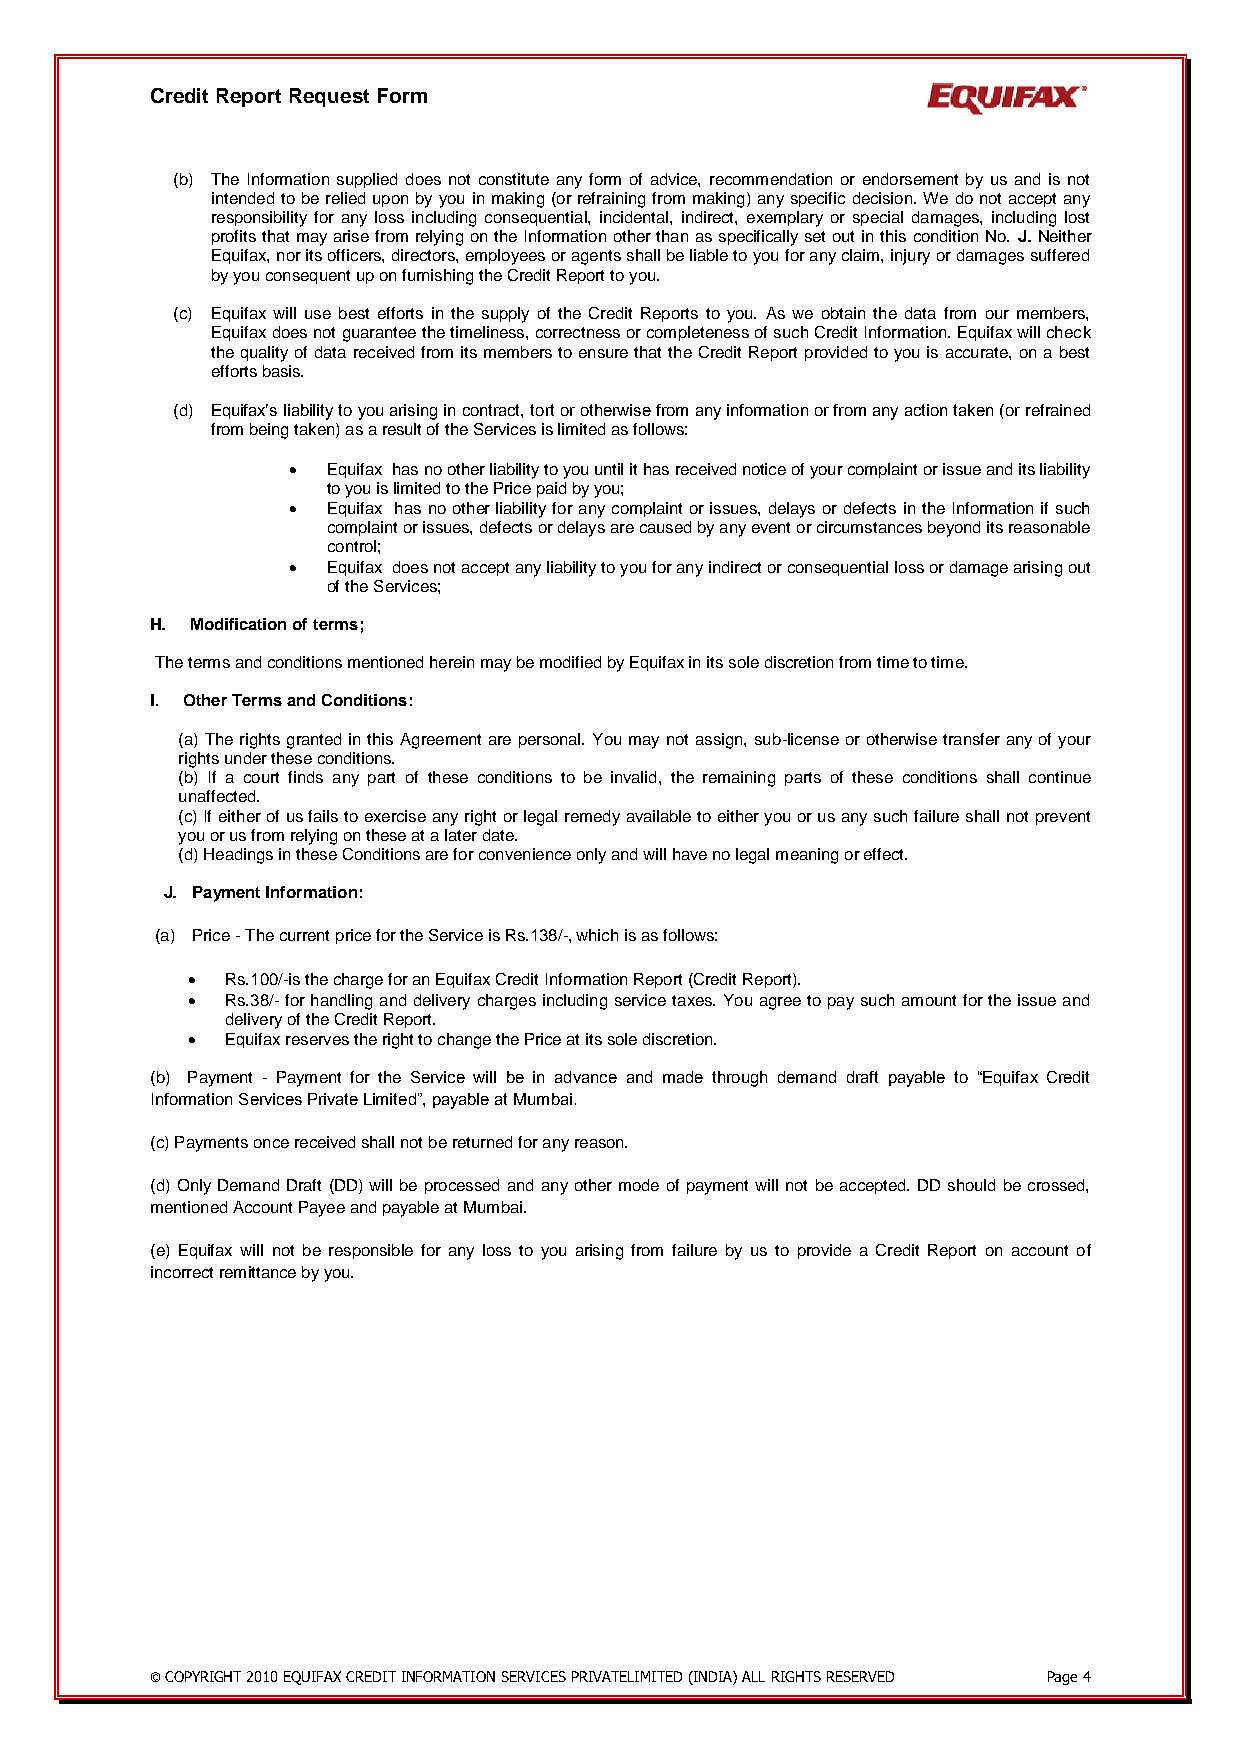
Credit Report Request Form
 (b) The Information supplied does not constitute any form of advice, recommendation or endorsement by us and is not
 intended to be relied upon by you in making (or refraining from making) any specific decision. We do not accept any
 responsibility for any loss including consequential, incidental, indirect, exemplary or special damages, including lost
 profits that may arise from relying on the Information other than as specifically set out in this condition No. J. Neither
 Equifax, nor its officers, directors, employees or agents shall be liable to you for any claim, injury or damages suffered
 by you consequent up on furnishing the Credit Report to you.
 (c) Equifax will use best efforts in the supply of the Credit Reports to you. As we obtain the data from our members,
 Equifax does not guarantee the timeliness, correctness or completeness of such Credit Information. Equifax will check
 the quality of data received from its members to ensure that the Credit Report provided to you is accurate, on a best
 efforts basis.
 (d) Equifax’s liability to you arising in contract, tort or otherwise from any information or from any action taken (or refrained
 from being taken) as a result of the Services is limited as follows:
   Equifax has no other liability to you until it has received notice of your complaint or issue and its liability
 to you is limited to the Price paid by you;
   Equifax has no other liability for any complaint or issues, delays or defects in the Information if such
 complaint or issues, defects or delays are caused by any event or circumstances beyond its reasonable
 control;
   Equifax does not accept any liability to you for any indirect or consequential loss or damage arising out
 of the Services;
 H. Modification of terms;
 The terms and conditions mentioned herein may be modified by Equifax in its sole discretion from time to time.
 I. Other Terms and Conditions:
 (a) The rights granted in this Agreement are personal. You may not assign, sub-license or otherwise transfer any of your
 rights under these conditions.
 (b) If a court finds any part of these conditions to be invalid, the remaining parts of these conditions shall continue
 unaffected.
 (c) If either of us fails to exercise any right or legal remedy available to either you or us any such failure shall not prevent
 you or us from relying on these at a later date.
 (d) Headings in these Conditions are for convenience only and will have no legal meaning or effect.
 J. Payment Information:
 (a) Price - The current price for the Service is Rs.138/-, which is as follows:
   Rs.100/-is the charge for an Equifax Credit Information Report (Credit Report).
   Rs.38/- for handling and delivery charges including service taxes. You agree to pay such amount for the issue and
 delivery of the Credit Report.
   Equifax reserves the right to change the Price at its sole discretion.
 (b) Payment - Payment for the Service will be in advance and made through demand draft payable to “Equifax Credit
 Information Services Private Limited”, payable at Mumbai.
 (c) Payments once received shall not be returned for any reason.
 (d) Only Demand Draft (DD) will be processed and any other mode of payment will not be accepted. DD should be crossed,
 mentioned Account Payee and payable at Mumbai.
 (e) Equifax will not be responsible for any loss to you arising from failure by us to provide a Credit Report on account of
 incorrect remittance by you.
 © COPYRIGHT 2010 EQUIFAX CREDIT INFORMATION SERVICES PRIVATELIMITED (INDIA) ALL RIGHTS RESERVED Page 4